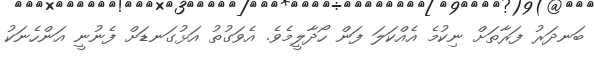
ބަނދަރު ފަރާތަށް ނިކުމެ އެއްކަލަ ފަން ހޯދާލީމެވެ. އެވަގުތު އަޅުގަނޑަށް ފެނުނީ އަންހެނަކު